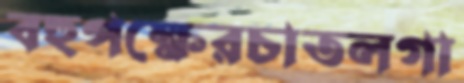
বহুপক্ষেরচাতলগা